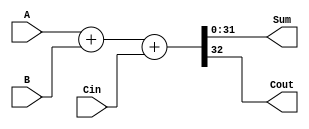
module PlusOperatorAdder (
    input [31:0] A,
    input [31:0] B,
    input Cin,    
    output [31:0] Sum,
    output Cout
);

    assign {Cout, Sum} = A + B +Cin;

endmodule